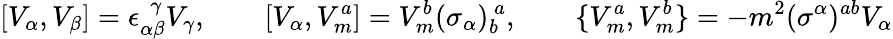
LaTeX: [V_{\alpha},V_{\beta}]=\epsilon_{\alpha\beta}^{~~~\! \gamma}V_{\gamma},\qquad[V_{\alpha},V_{m}^{a}]=V_{m}^{b}(\sigma_{\alpha})_{b}^{~a},\qquad\{ V_{m}^{a},V_{m}^{b}\} =-m^{2}(\sigma^{\alpha})^{ab}V_{\alpha}